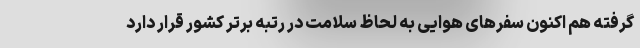
گرفته هم اکنون سفرهای هوایی به لحاظ سلامت در رتبه برتر کشور قرار دارد